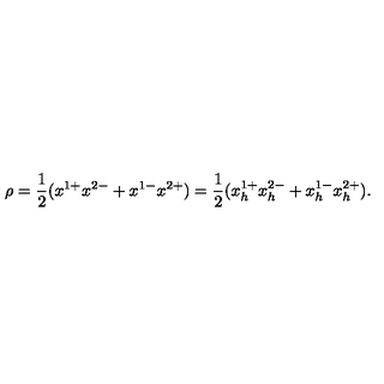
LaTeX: \rho = { \frac { 1 } { 2 } } ( x ^ { 1 + } x ^ { 2 - } + x ^ { 1 - } x ^ { 2 + } ) = { \frac { 1 } { 2 } } ( x _ { h } ^ { 1 + } x _ { h } ^ { 2 - } + x _ { h } ^ { 1 - } x _ { h } ^ { 2 + } ) .